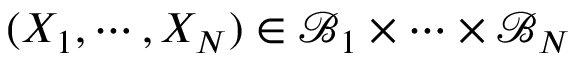
( X _ { 1 } , \cdots , X _ { N } ) \in \mathcal { B } _ { 1 } \times \cdots \times \mathcal { B } _ { N }